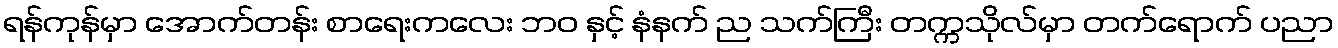
ရန်ကုန်မှာ အောက်တန်း စာရေးကလေး ဘဝ နှင့် နံနက် ည သက်ကြီး တက္ကသိုလ်မှာ တက်ရောက် ပညာ